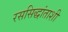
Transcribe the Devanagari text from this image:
रससिद्धांताशी